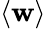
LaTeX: \langle\mathbf{w}\rangle